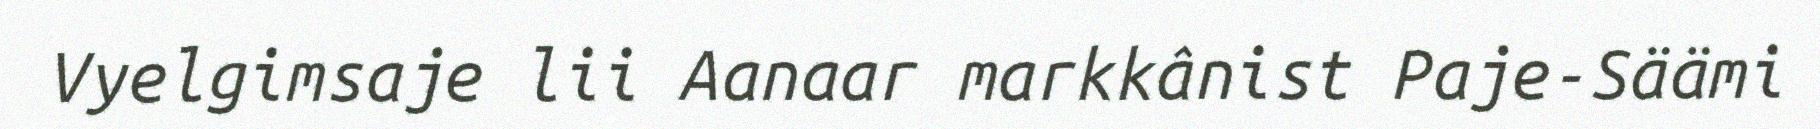
Vyelgimsaje lii Aanaar markkânist Paje-Säämi